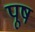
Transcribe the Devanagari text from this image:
पूष